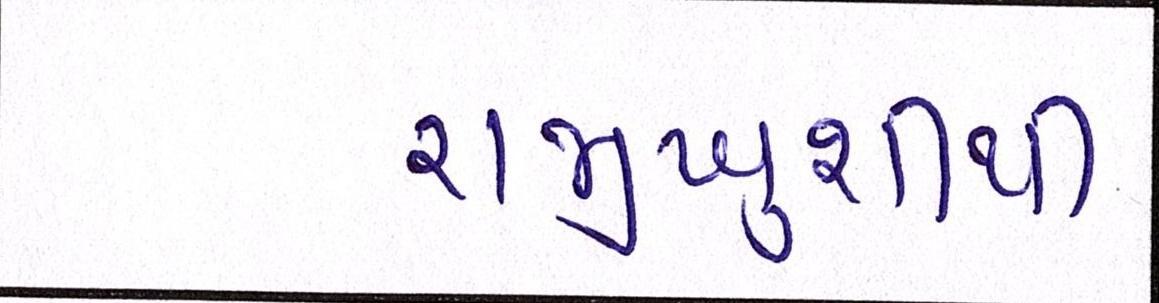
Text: રાજીખુશીથી